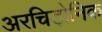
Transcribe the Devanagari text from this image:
अरचिड़ोनिक